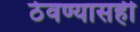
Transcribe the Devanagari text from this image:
ठेवण्यासही